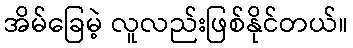
အိမ်ခြေမဲ့ လူလည်းဖြစ်နိုင်တယ်။